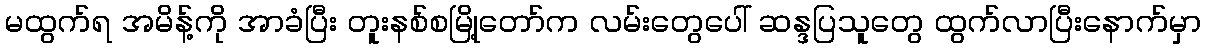
မထွက်ရ အမိန့်ကို အာခံပြီး တူးနစ်စမြို့တော်က လမ်းတွေပေါ် ဆန္ဒပြသူတွေ ထွက်လာပြီးနောက်မှာ